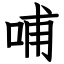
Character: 哺